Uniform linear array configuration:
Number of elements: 64
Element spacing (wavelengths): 0.5
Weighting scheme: hann
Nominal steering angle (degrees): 45
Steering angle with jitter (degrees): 44.63
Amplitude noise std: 0.05
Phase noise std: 0.05

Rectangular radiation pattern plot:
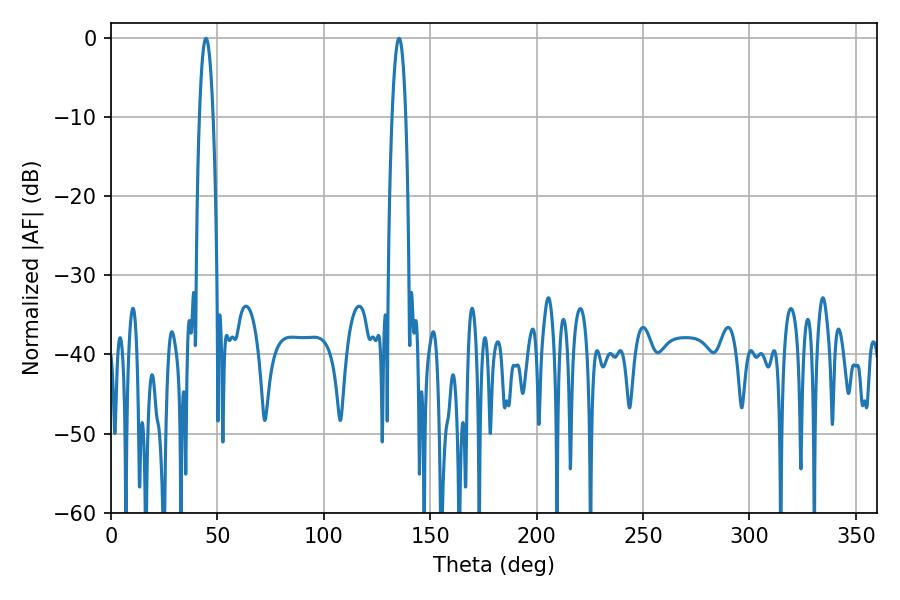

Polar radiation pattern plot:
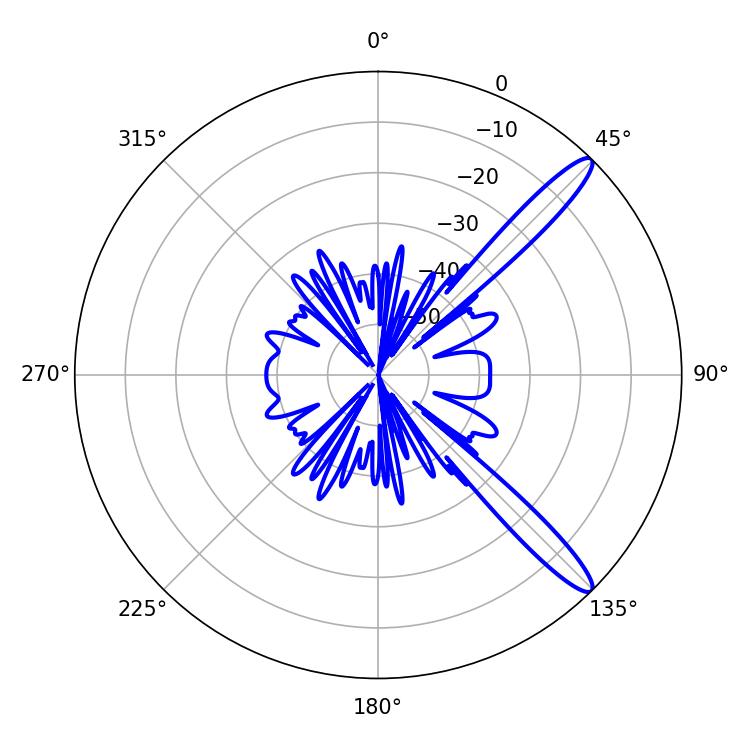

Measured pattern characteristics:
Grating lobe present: FALSE
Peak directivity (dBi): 13.25
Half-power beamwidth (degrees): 3.6
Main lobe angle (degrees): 44.64